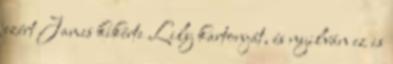
ezért James kikérte Lily kartonját, és nyilván ez is